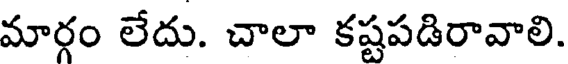
మార్గం లేదు. చాలా కష్టపడిరావాలి.